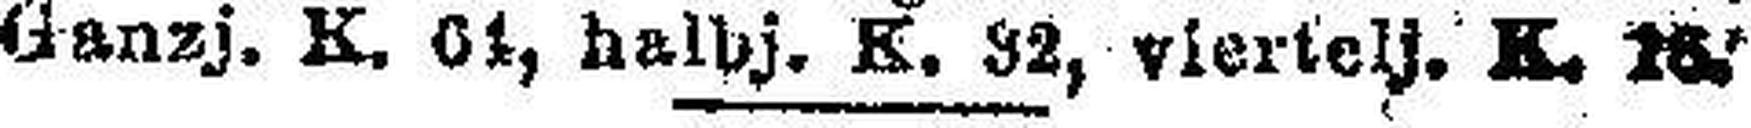
Ganzj. K. 01, halbj. K. 32, viertelj. K. 16.